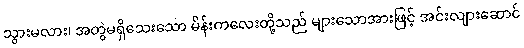
သွားမလား၊ အတွဲမရှိသေးသော မိန်းကလေးတို့သည် များသောအားဖြင့် အင်းလျားဆောင်